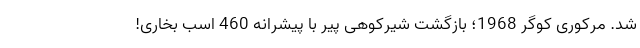
شد. مرکوری کوگر 1968؛ بازگشت شیرکوهی پیر با پیشرانه 460 اسب بخاری!